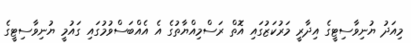
މިއަދު ޔުނިވާސިޓީގެ އިދާރީ މަރުކަޒުގައި އޮތް ރަސްމިއްޔާތުގެ އެ އެއްބަސްވުމުގައި ގައުމީ ޔުނިވާސިޓީގެ